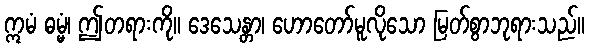
ဣမံ ဓမ္မံ၊ ဤတရားကို။ ဒေသေန္တာ၊ ဟောတော်မူလိုသော မြတ်စွာဘုရားသည်။